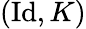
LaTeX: (\operatorname{Id},K)